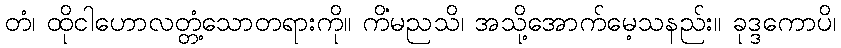
တံ၊ ထိုငါဟောလတ္တံ့သောတရားကို။ ကိံမညသိ၊ အသို့အောက်မေ့သနည်း။ ခုဒ္ဒကောပိ၊